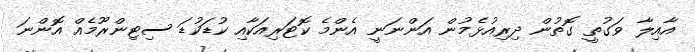
އާއިލާ ވަގުތީ ގޮތުން ދިރިއުޅެެމުން އަންނަނީ އެންމެެ ކޮޓަރިއަކާއި ކުޑަކުޑަ ސިޓިންރޫމެއް އޮންނަ